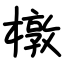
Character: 橔